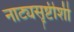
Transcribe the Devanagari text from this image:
नाट्यसॄष्टीशी